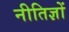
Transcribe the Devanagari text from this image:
नीतिज्ञों